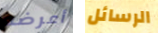
أعرضه الرسائل